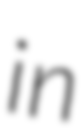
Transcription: in